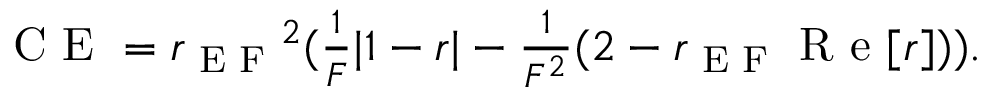
\begin{array} { r } { \textrm { C E } = { r _ { \textrm { E F } } } ^ { 2 } ( \frac { 1 } { F } | 1 - r | - \frac { 1 } { F ^ { 2 } } ( 2 - r _ { \textrm { E F } } \textrm { R e } [ r ] ) ) . } \end{array}